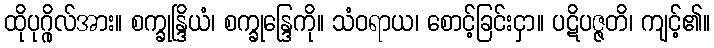
ထိုပုဂ္ဂိုလ်အား။ စက္ခုန္ဒြိယံ၊ စက္ခုန္ဒြေကို။ သံဝရာယ၊ စောင့်ခြင်းငှာ။ ပဋိပဇ္ဇတိ၊ ကျင့်၏။